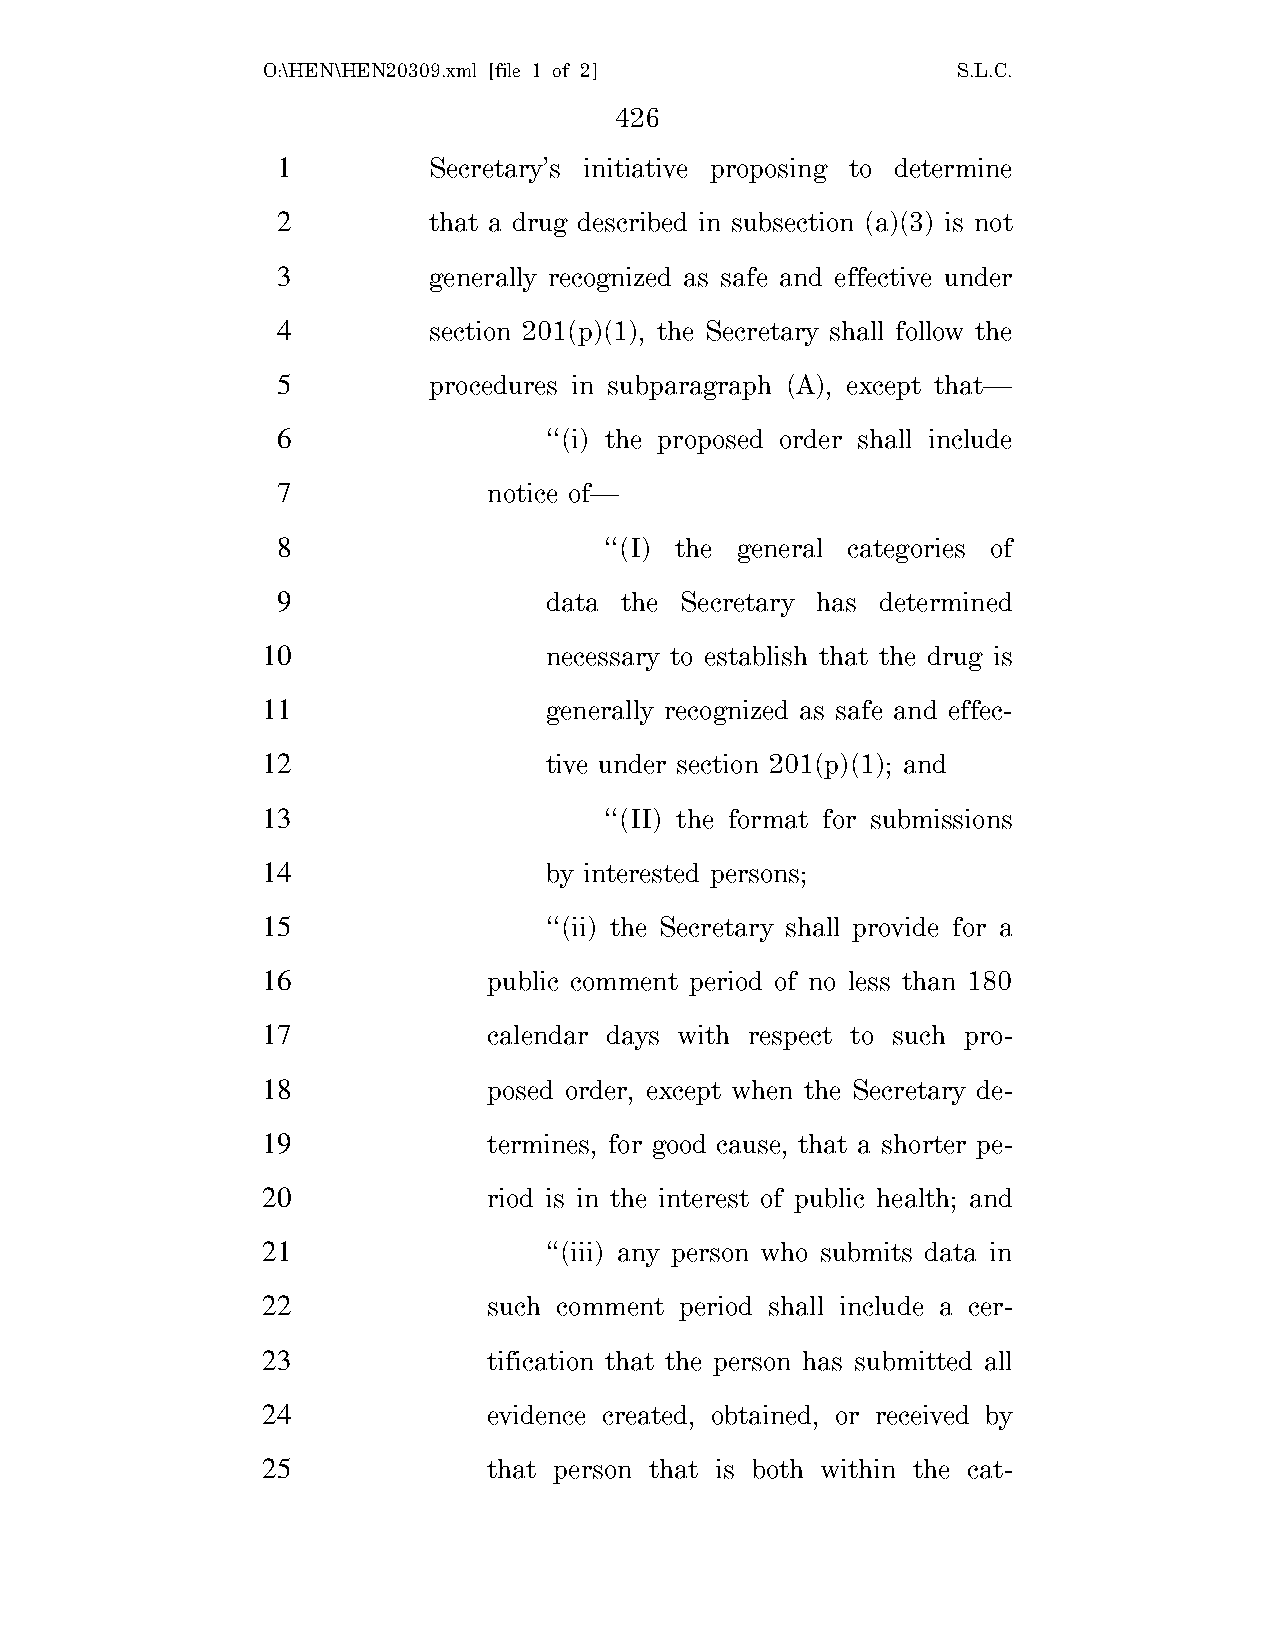
O:\HEN\HEN20309.xml [file 1 of 2]             S.L.C.
 426
 1         Secretary’s initiative proposing to determine
 2         that a drug described in subsection (a)(3) is not
 3         generally recognized as safe and effective under
 4         section 201(p)(1), the Secretary shall follow the
 5         procedures in subparagraph (A), except that—
 6                 ‘‘(i) the proposed order shall include
 7             notice of—
 8                     ‘‘(I) the general categories of
 9                 data the Secretary has determined
 10                 necessary to establish that the drug is
 11                 generally recognized as safe and effec-
 12                 tive under section 201(p)(1); and
 13                     ‘‘(II) the format for submissions
 14                 by interested persons;
 15                 ‘‘(ii) the Secretary shall provide for a
 16             public comment period of no less than 180
 17             calendar days with respect to such pro-
 18             posed order, except when the Secretary de-
 19             termines, for good cause, that a shorter pe-
 20             riod is in the interest of public health; and
 21                 ‘‘(iii) any person who submits data in
 22             such comment period shall include a cer-
 23             tification that the person has submitted all
 24             evidence created, obtained, or received by
 25             that person that is both within the cat-